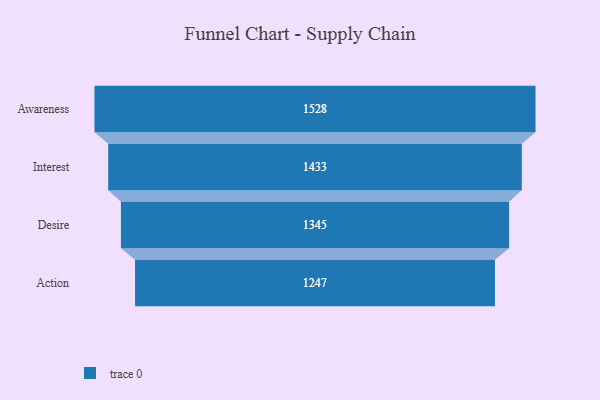
{"axis": {"x": "Stage", "y": "Value"}, "legend": [""], "data": [{"x": "Awareness", "y": 1528.0, "type": ""}, {"x": "Interest", "y": 1433.0, "type": ""}, {"x": "Desire", "y": 1345.0, "type": ""}, {"x": "Action", "y": 1247.0, "type": ""}]}